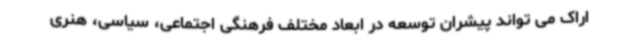
اراک می تواند پیشران توسعه در ابعاد مختلف فرهنگی اجتماعی، سیاسی، هنری